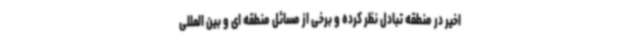
اخیر در منطقه تبادل نظر کرده و برخی از مسائل منطقه ای و بین المللی